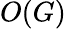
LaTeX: O(G)